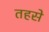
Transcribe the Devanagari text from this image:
तहसे